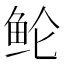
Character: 𱇗